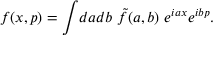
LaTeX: f ( x , p ) = \int \! d a d b ~ \tilde { f } ( a , b ) ~ e ^ { i a x } e ^ { i b p } .